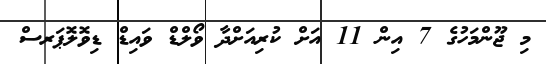
މި ޖޫންމަހުގެ 7 އިން 11 އަށް ކުރިއަށްދާ ވޯލްޑް ވައިޑް ޑިވޮލޮޕަރސް